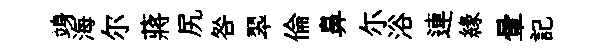
竧海尔蔣尻咎翆倫鼻尓浴連緣暈記